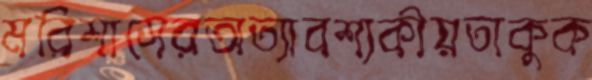
মরিশাসেরঅত্যাবশ্যকীয়তাকুক